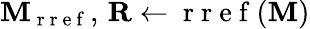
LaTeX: \mathbf{M}_{\mathrm{~r~r~e~f~}},\, \mathbf{R}\gets\mathrm{~r~r~e~f~}(\mathbf{M})